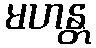
မဟန္တ